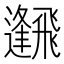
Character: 𩙹